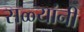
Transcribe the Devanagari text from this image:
सळ्यांनी